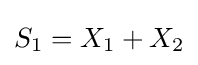
S_{1}=X_{1}+X_{2}